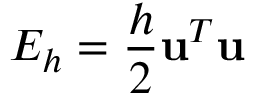
E _ { h } = \frac { h } { 2 } \mathbf { u } ^ { T } \mathbf { u }